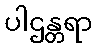
ပါဌန္တရာ